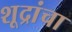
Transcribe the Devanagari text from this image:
शूद्रांचा